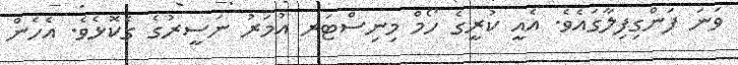
ވަނަ ފަންގިފިލާގައެވެ. އެއީ ކުރީގެ ހޯމް މިނިސްޓަރ އުމަރު ނަސީރުގެ ގެކޮޅެވެ. އެހެން